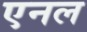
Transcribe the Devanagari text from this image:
एनल